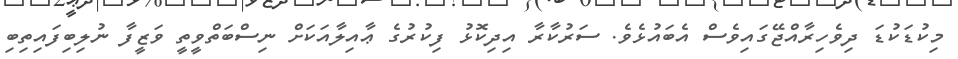
މިކުޑަކުޑަ ދިވެހިރާއްޖޭގައިވެސް އެބައުޅެވެ. ސަރުކާރާ އިދިކޮޅު ފިކުރުގެ ޢާއިލާއަކަށް ނިސްބަތްވީތީ ވަޒީފާ ނުލިބިފައިތިބި